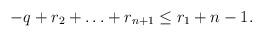
LaTeX: \begin{align*}-q+ r_2 + \ldots + r_{n+1} \le r_1 + n-1.\end{align*}